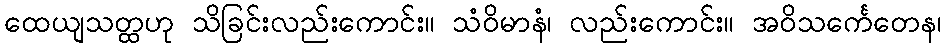
ထေယျသတ္ထဟု သိခြင်းလည်းကောင်း။ သံဝိမာနံ၊ လည်းကောင်း။ အဝိသင်္ကေတေန၊